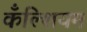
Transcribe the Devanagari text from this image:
कँल्शियम